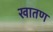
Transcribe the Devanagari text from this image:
खातण